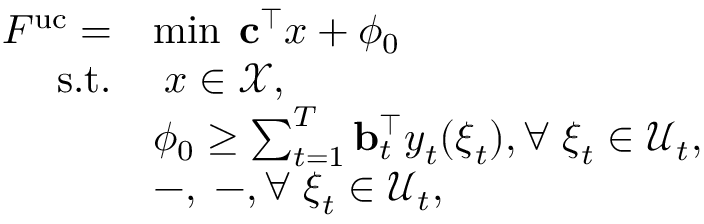
\begin{array} { r l } { F ^ { \mathrm { { u c } } } = } & { \operatorname* { m i n } \; { \mathbf c } ^ { \top } { \boldsymbol x } + \phi _ { 0 } } \\ { \mathrm { s . t . } } & { \; { \boldsymbol x } \in \mathcal { X } , } \\ & { \phi _ { 0 } \geq \sum _ { t = 1 } ^ { T } { \mathbf b } _ { t } ^ { \top } { \boldsymbol y } _ { t } ( { \boldsymbol \xi } _ { t } ) , \forall \; { \boldsymbol \xi } _ { t } \in \mathcal { U } _ { t } , } \\ & { - , \; - , \forall \; { \boldsymbol \xi } _ { t } \in \mathcal { U } _ { t } , } \end{array}